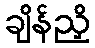
ချိန်ညှိ